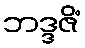
ဘဒ္ဒဇိံ